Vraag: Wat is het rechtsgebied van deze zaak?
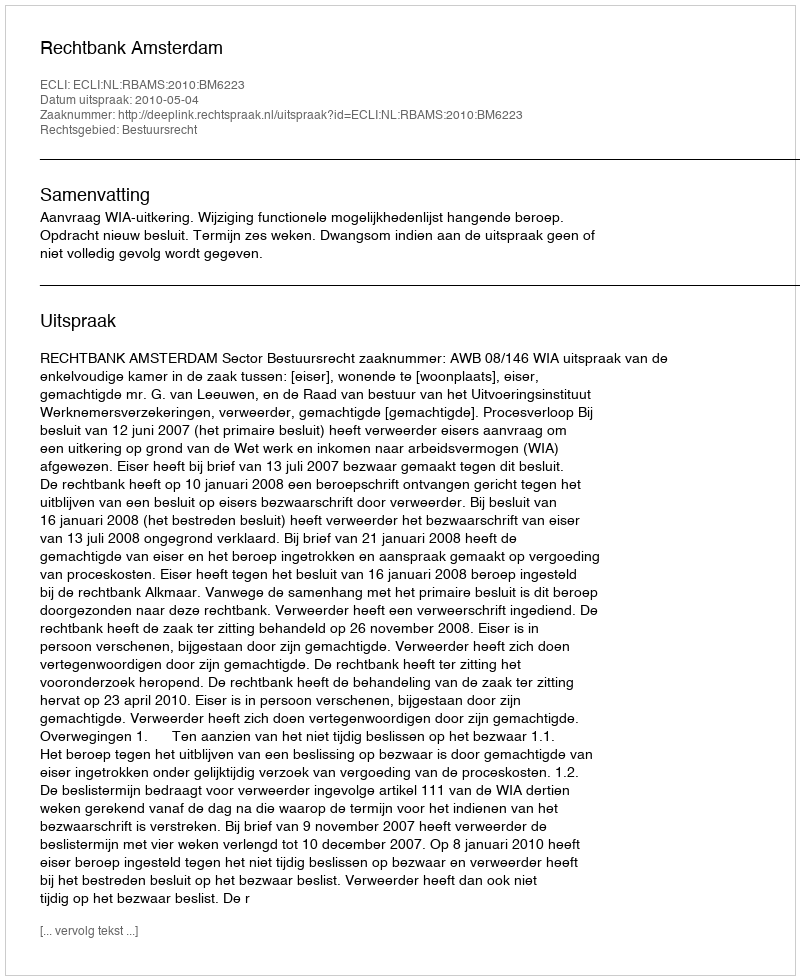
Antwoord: Bestuursrecht